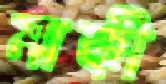
মাক্কী